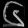
Digit: ၆